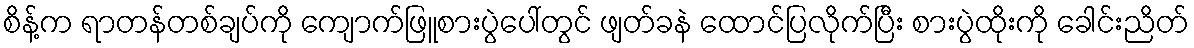
စိန့်က ရာတန်တစ်ချပ်ကို ကျောက်ဖြူစားပွဲပေါ်တွင် ဖျတ်ခနဲ ထောင်ပြလိုက်ပြီး စားပွဲထိုးကို ခေါင်းညိတ်